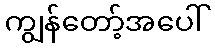
ကျွန်တော့်အပေါ်